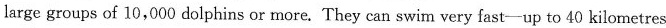
large groups of 10,000 dolphins or more. They can swim very fast-up to 40 kilometres